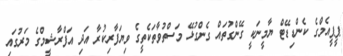
ޕީޕީއެމްގެ ކެންޑިޑޭޓް ޔާމީނަކީ ގޭންގުތައް ގެންގުޅޭ މަސްތުވާތަކެތީގެ ވިޔަފާރިކުރާ އަދި އަފްރާޝީމްގެ މަރުގައި